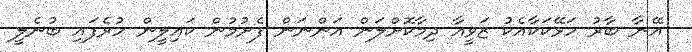
އޭނާ ބާރު ހަޅޭކަކާއެކު ޒަވީއާ ދިމާކޮށްލަން އަންނަން ފެށުމުން ކައިލީން ހުރެފައި ބުނެލީ